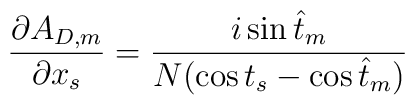
{\partial A_{D,m}\over\partial x_{s}} = {i\sin\hat t_{m}\over N(\cos t_{s} -\cos\hat t_{m})}